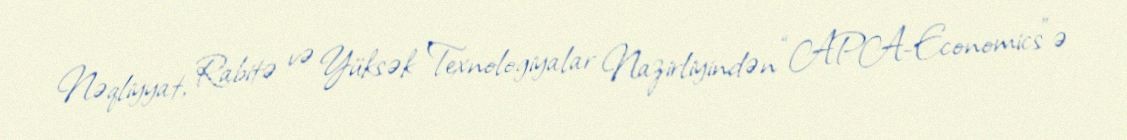
Nəqliyyat, Rabitə və Yüksək Texnologiyalar Nazirliyindən “APA-Economics”ə